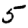
Digit: 5